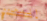
المجروح